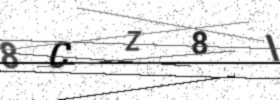
Text: 8CZ8I